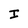
Character: I